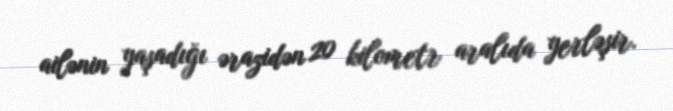
ailənin yaşadığı ərazidən 20 kilometr aralıda yerləşir.